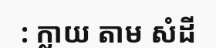
: ក្លាយ តាម សំដី